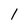
Character: l